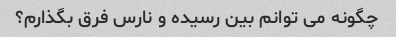
چگونه می توانم بین رسیده و نارس فرق بگذارم؟